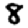
Digit: 8